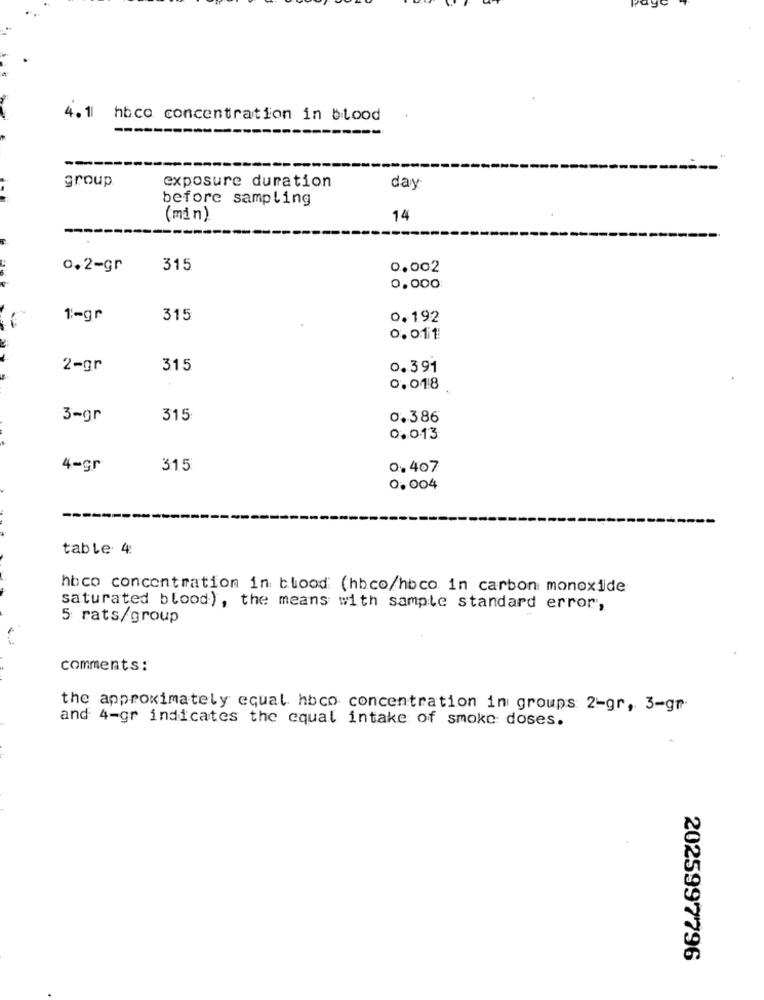
4.1
hbco concentration in blood
group
exposure duration
day
before sampling
(min)
14
0.2-gr
315
0,002
0,000
1 :- gr
315
0.192
0.011:
2-gr
315
0.391
0,018
3-gr
315
0.386
0.013
4-gr
315
0.407
0,004
table 4:
hbco concentration in blood (hbco/hbco in carbon monoxide
saturated blood), the means with sample standard error,
5 rats/group
comments:
the approximately equal hbco concentration in groups 2-gr, 3-gr
and 4-gr indicates the cqual intake of smoke doses.
2025997796